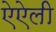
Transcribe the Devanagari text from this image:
ऐऐली